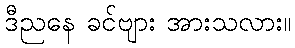
ဒီညနေ ခင်ဗျား အားသလား။